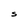
Character: S